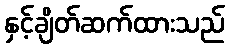
နှင့်ချိတ်ဆက်ထားသည်